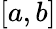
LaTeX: [a,b]